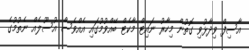
އާސިފް ވިދާޅުވި ގޮތުން މިހާރު ނައިޓް މާކެޓް ބޭއްވުމުގައި އެއްވެސް އުސޫލެއް ނެތުމުގެ